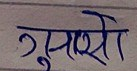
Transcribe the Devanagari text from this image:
गुर्सो